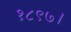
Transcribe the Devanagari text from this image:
१८९७।